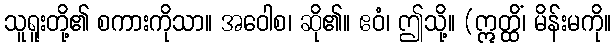
သူရူးတို့၏ စကားကိုသာ။ အဝေါစ၊ ဆို၏။ ဧဝံ၊ ဤသို့။ (ဣတ္ထိံ၊ မိန်းမကို။